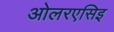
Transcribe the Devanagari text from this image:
ओलरएसिइ